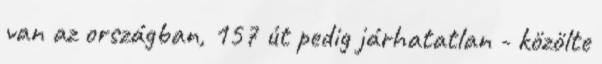
van az országban, 157 út pedig járhatatlan - közölte